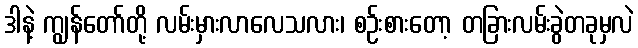
ဒါနဲ့ ကျွန်တော်တို့ လမ်းမှားလာလေသလား၊ စဉ်းစားတော့ တခြားလမ်းခွဲတခုမှလဲ